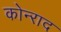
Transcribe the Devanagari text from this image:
कोन्‍राद